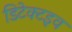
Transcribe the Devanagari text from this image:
डिटेक्टइव